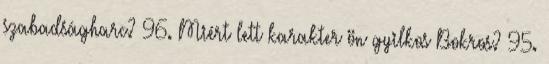
szabadságharc? 96. Miért lett karakter ön gyilkos Bokros? 95.